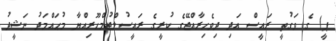
ޕީ) ގެ ވަގުތީ ރައީސް އަދި ދިވެހިރާއްޖޭގެ ކުރީގެ ރައީސުލްޖުމްހޫރިއްޔާ މުޙައްމަދު ނަޝީދު